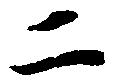
二